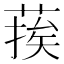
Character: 𮐉